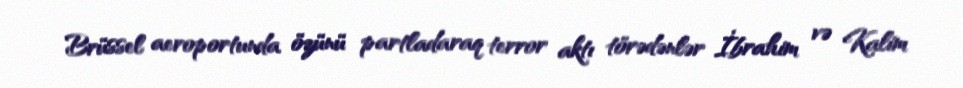
Brüssel aeroportunda özünü partladaraq terror aktı törədənlər İbrahim və Kalim